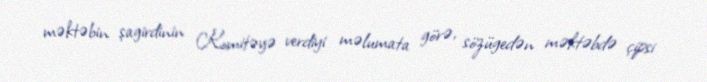
məktəbin şagirdinin Komitəyə verdiyi məlumata görə, sözügedən məktəbdə çipsi